Vaccination Hyderabad 1872-1889 - 1872-1889
Year: 1872
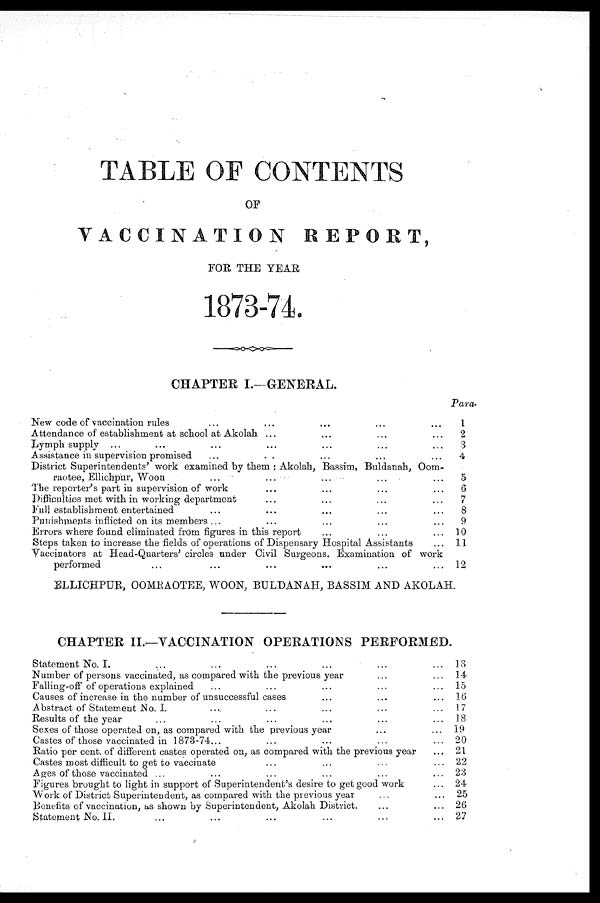
TABLE OF CONTENTS
OF
VACCINATION
REPORT,
FOR THE YEAR
1873-74
CHAPTER I.—GENERAL.
Para.
New code of vaccination rules ... ... ... ... ...
Attendance of establishment at school at Akolah ... ... ... ...
Lymph supply ... ... ... ... ... ...
Assistance in supervision promised ... ... ... ...
District Superintendents' work examined by them ; Akolah, Bassim, Buldanah, Oom¬
raotee, Ellichpur, Woon
...
...
... ... ...
The reporter's part in supervision of work ... ... ... ...
Difficulties met with in working department ... ... ... ...
Full establishment entertained ... ... ... ...
Punishments inflicted on its members ... ... ... ...
Errors where found eliminated from figures in this report ... ... ...
Steps taken to increase the fields of operations of Dispensary Hospital Assistants ...
Vaccinators at Head-Quarters' circles under Civil Surgeons. Examination of work
performed ... ... ... ... ... ...
1
2
3
4
5
6
7
8
9
10
11
12
ELLICHPUR, OOMRAOTEE, WOON, BULDANAH, BASSIM AND AKOLAH.
CHAPTER II.—VACCINATION OPERATIONS PERFORMED.
Statement No. I.
...
...
...
...
...
Number of persons vaccinated, as compared with the previous year ... ...
Falling-off of operations explained ... ... ... ... ...
Causes of increase in the number of unsuccessful cases ... ... ...
Abstract of Statement No. I. ... ... ... ... ...
Results of the year ... ... ... ... ... ...
Sexes of those operated on, as compared with the previous year ... ...
Castes of those vaccinated in 1873-74... ... ... ...
Ratio per cent. of different castes operated on, as compared with the previous year
Castes most difficult to get to vaccinate ... ... ... ...
Ages of those vaccinated ... ... ... ... ... ...
Figures brought to light in support of Superintendent's desire to get good work ...
Work of District Superintendent, as compared with the previous year ... ...
Benefits of vaccination, as shown by Superintendent, Akolah District. ... ...
Statement No.II. ... ... ... ... ... ...
13
14
15
16
17
18
19
20
21
22
23
24
25
26
27